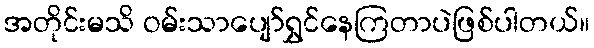
အတိုင်းမသိ ဝမ်းသာပျော်ရွှင်နေကြတာပဲဖြစ်ပါတယ်။